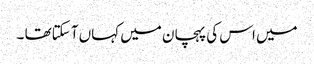
میں اس کی پہچان میں کہاں آ سکتاتھا ۔